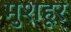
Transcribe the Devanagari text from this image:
मुशहूर